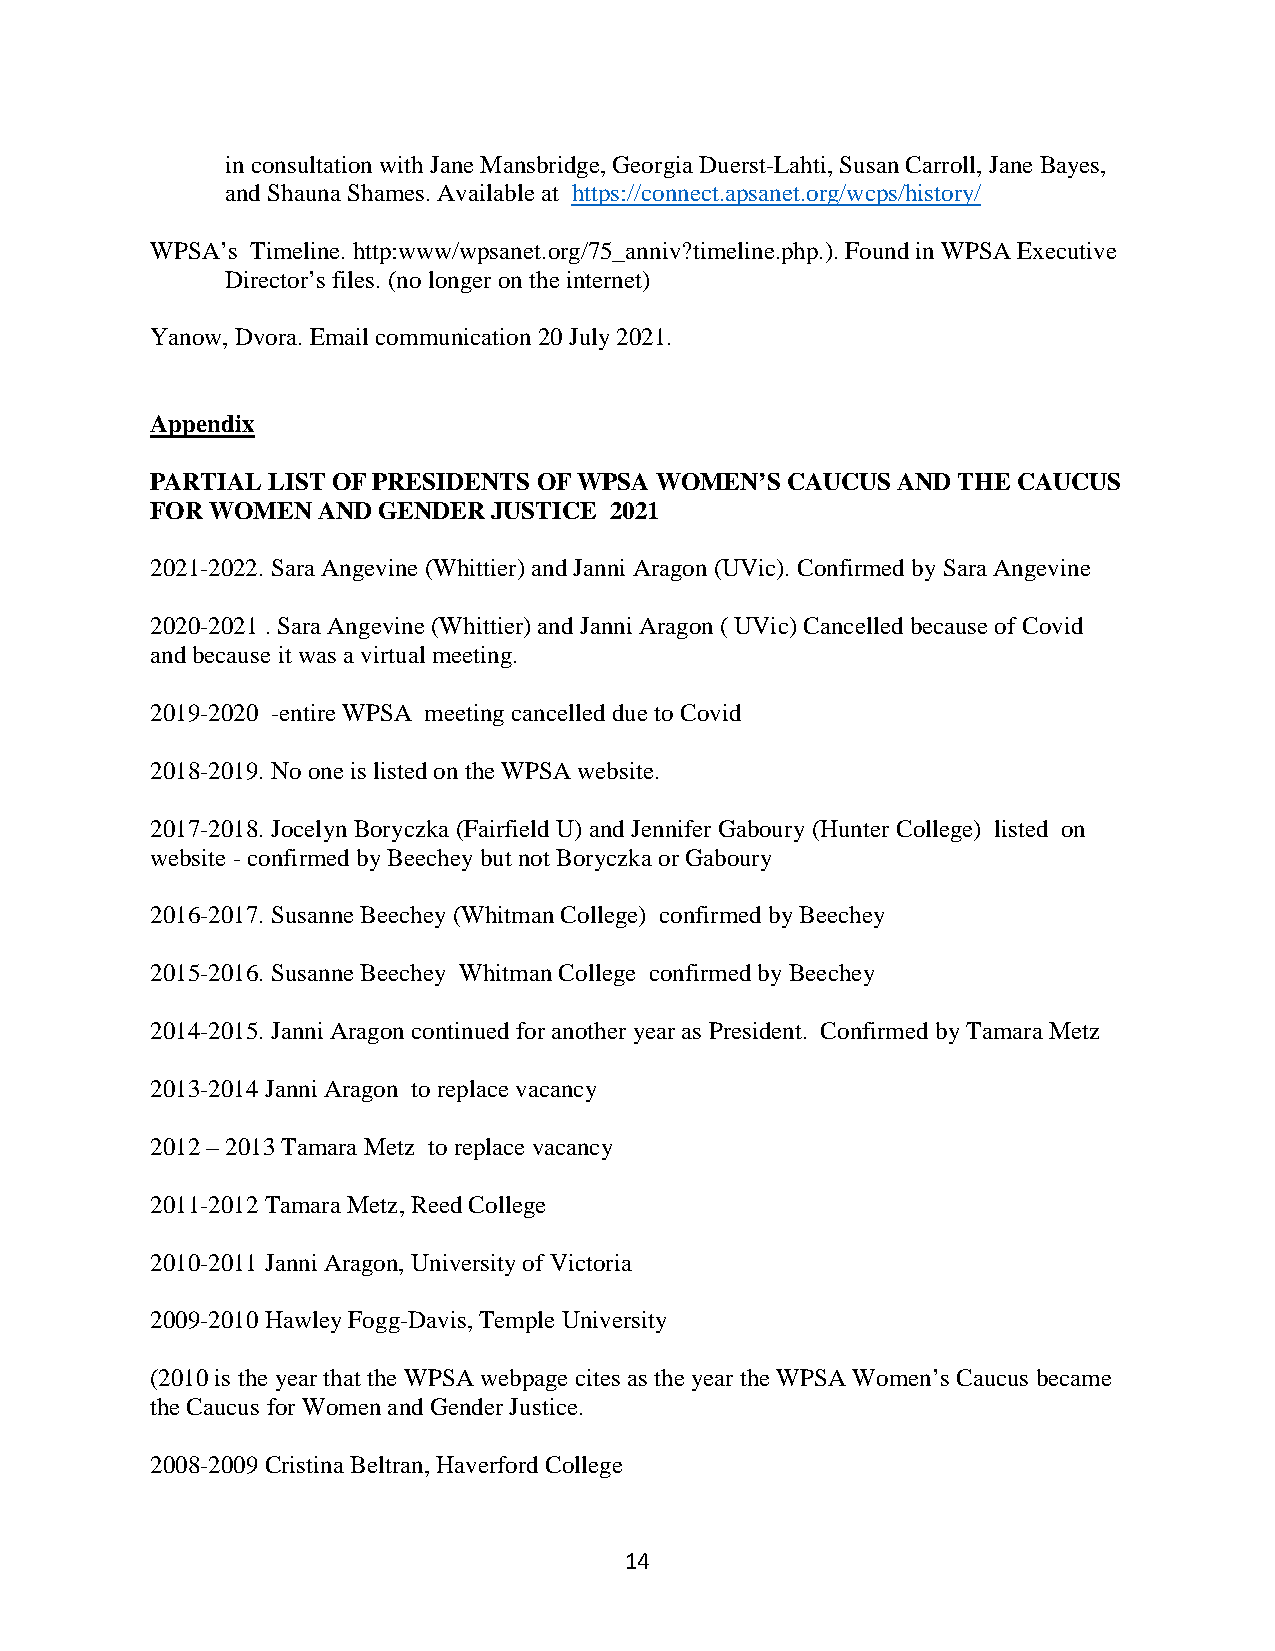
in consultation with Jane Mansbridge, Georgia Duerst-Lahti, Susan Carroll, Jane Bayes,
 and Shauna Shames. Available at https://connect.apsanet.org/wcps/history/
 WPSA’s Timeline. http:www/wpsanet.org/75_anniv?timeline.php.). Found in WPSA Executive
 Director’s files. (no longer on the internet)
 Yanow, Dvora. Email communication 20 July 2021.
 Appendix
 PARTIAL LIST OF PRESIDENTS OF WPSA WOMEN’S CAUCUS AND THE CAUCUS
 FOR WOMEN  AND GENDER  JUSTICE 2021
 2021-2022. Sara Angevine (Whittier) and Janni Aragon (UVic). Confirmed by Sara Angevine
 2020-2021 . Sara Angevine (Whittier) and Janni Aragon ( UVic) Cancelled because of Covid
 and because it was a virtual meeting.
 2019-2020 -entire WPSA meeting cancelled due to Covid
 2018-2019. No one is listed on the WPSA website.
 2017-2018. Jocelyn Boryczka (Fairfield U) and Jennifer Gaboury (Hunter College) listed on
 website - confirmed by Beechey but not Boryczka or Gaboury
 2016-2017. Susanne Beechey (Whitman College) confirmed by Beechey
 2015-2016. Susanne Beechey Whitman College confirmed by Beechey
 2014-2015. Janni Aragon continued for another year as President. Confirmed by Tamara Metz
 2013-2014 Janni Aragon to replace vacancy
 2012 – 2013 Tamara Metz to replace vacancy
 2011-2012 Tamara Metz, Reed College
 2010-2011 Janni Aragon, University of Victoria
 2009-2010 Hawley Fogg-Davis, Temple University
 (2010 is the year that the WPSA webpage cites as the year the WPSA Women’s Caucus became
 the Caucus for Women and Gender Justice.
 2008-2009 Cristina Beltran, Haverford College
 14